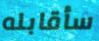
سأقابله